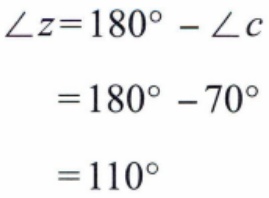
\[\begin{align*}
\angle z&=180^{\circ}-\angle c\\
&=180^{\circ}-70^{\circ}\\
&=110^{\circ}
\end{align*}\]